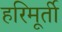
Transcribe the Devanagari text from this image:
हरिमूर्ती